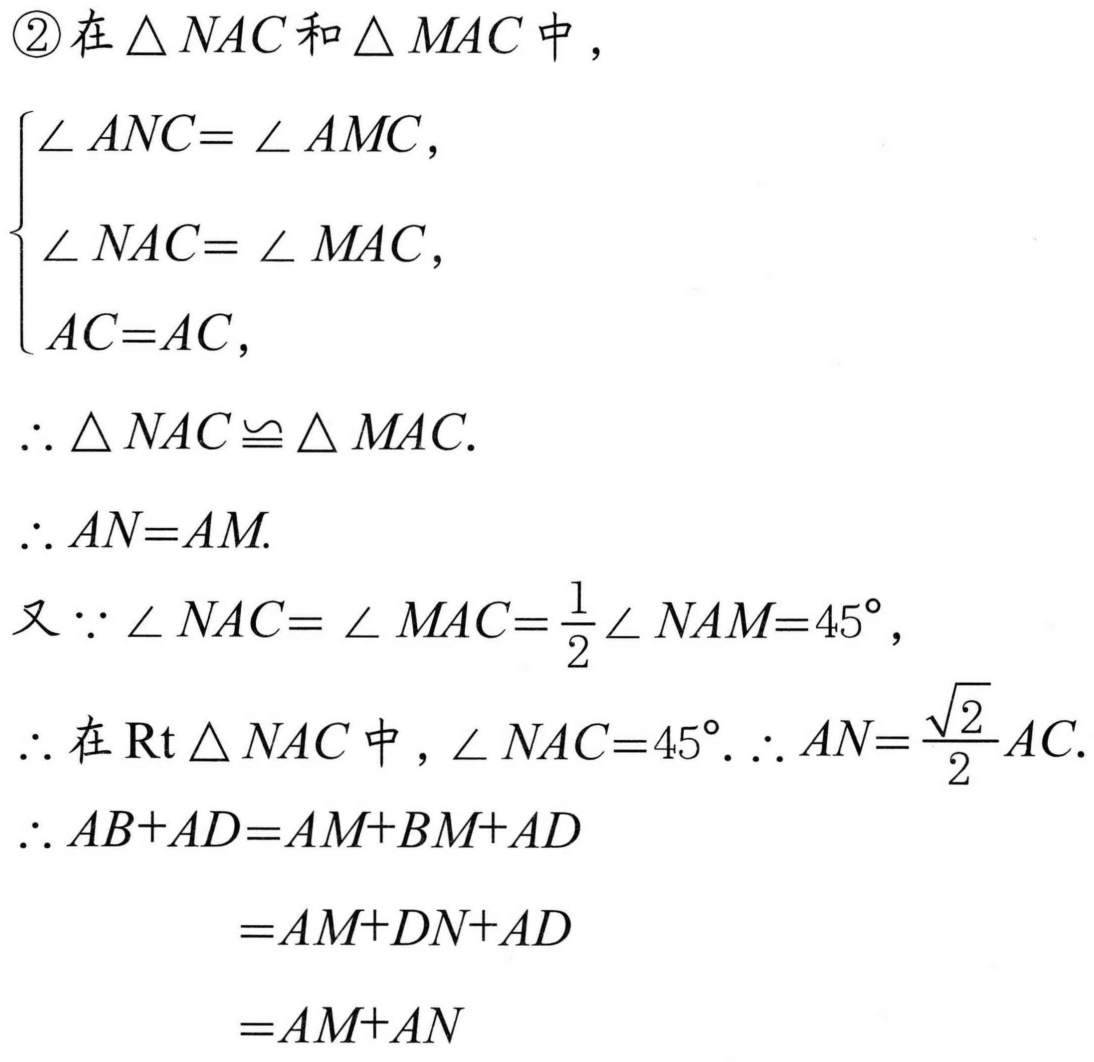
\textcircled{2}在\(\triangle NAC\)和\(\triangle MAC\)中，
\(\begin{cases}
\angle ANC = \angle AMC,\\
\angle NAC = \angle MAC,\\
AC = AC,
\end{cases}\)
\(\therefore \triangle NAC\cong\triangle MAC.\)
\(\therefore AN = AM.\)
又\(\because \angle NAC=\angle MAC = \frac{1}{2}\angle NAM = 45^{\circ}\)，
\(\therefore\)在\(\text{Rt}\triangle NAC\)中，\(\angle NAC = 45^{\circ}.\therefore AN=\frac{\sqrt{2}}{2}AC.\)
\(\therefore AB + AD=AM + BM+AD\)
\(=AM + DN + AD\)
\(=AM + AN\)